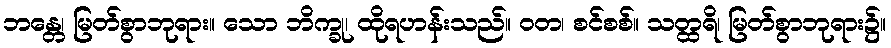
ဘန္တေ၊ မြတ်စွာဘုရား။ သော ဘိက္ခု၊ ထိုရဟန်းသည်။ ဝတ၊ စင်စစ်။ သတ္ထရိ၊ မြတ်စွာဘုရား၌။